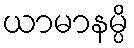
ယာမာနမ္ပိ